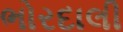
ભોરદાલી